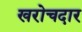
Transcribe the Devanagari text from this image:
खरोचदार